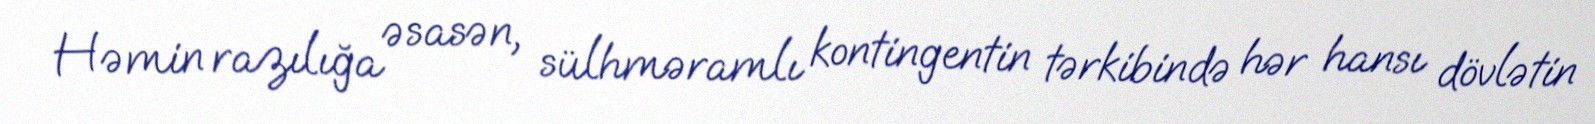
Həmin razılığa əsasən, sülhməramlı kontingentin tərkibində hər hansı dövlətin